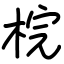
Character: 梡